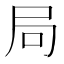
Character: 局